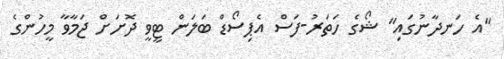
"އެ ހަނދާނުގައި" ޝޯގެ ހަތަރު-ފަސް އެޕިސޯޑް ބަލަން ޓީވީ ދޮށަށް ޖަމާވާ މީހުންގެ